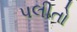
પલીતો